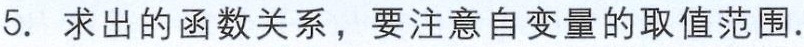
5. 求出的函数关系，要注意自变量的取值范围.